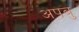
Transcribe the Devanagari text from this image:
अपबु